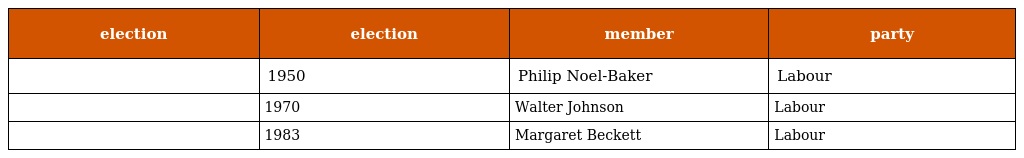
| election | election | member | party |
 | --- | --- | --- | --- |
 |  | 1950 | Philip Noel-Baker | Labour |
 |  | 1970 | Walter Johnson | Labour |
 |  | 1983 | Margaret Beckett | Labour |